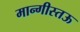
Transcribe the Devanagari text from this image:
मान्गीस्तऊ